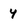
Character: y